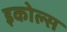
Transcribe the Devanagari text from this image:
इकोल्स